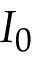
I _ { 0 }